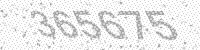
Solution: 365675